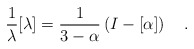
\begin{align*}\frac{1}{\lambda}[\lambda]=\frac{1}{3-\alpha} \left(I-[\alpha] \right) ~~~.\end{align*}